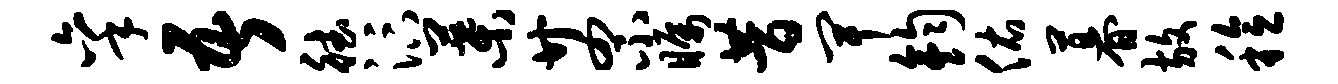
秉吾德汴叶廿罘瞩昔卑钧佑暮放稔